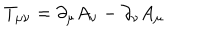
T _ { \mu \nu } = \partial _ { \mu } A _ { \nu } - \partial _ { \nu } A _ { \mu }